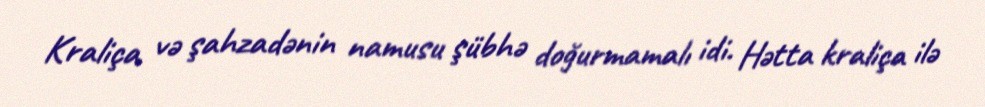
Kraliça və şahzadənin namusu şübhə doğurmamalı idi. Hətta kraliça ilə